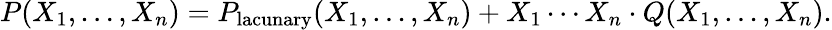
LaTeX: P(X_{1},\ldots,X_{n})=P_{\mathrm{lacunary}}(X_{1},\ldots,X_{n})+X_{1}\cdots X_{n}\cdot Q(X_{1},\ldots,X_{n}).